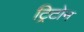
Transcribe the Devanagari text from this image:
ट्रिटोन